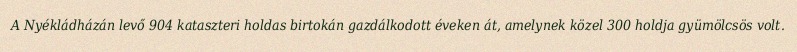
A Nyékládházán levő 904 kataszteri holdas birtokán gazdálkodott éveken át, amelynek közel 300 holdja gyümölcsös volt.